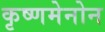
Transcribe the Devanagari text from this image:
कृष्णमेनोन